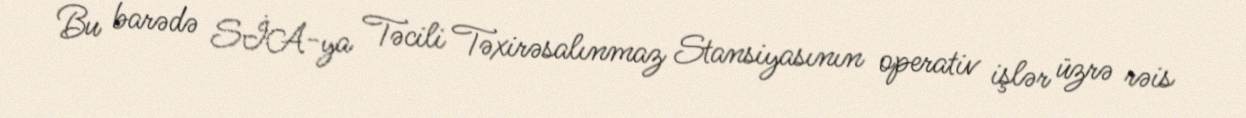
Bu barədə SİA-ya Təcili Təxirəsalınmaz Stansiyasının operativ işlər üzrə rəis